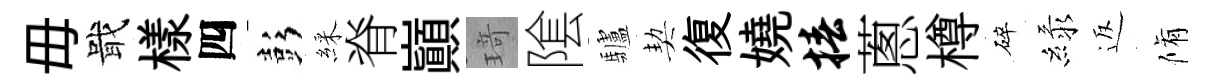
毋戢樣四彭綵脊巔𤦺隂驢契復嬈椿蔥樽碎緑返脩